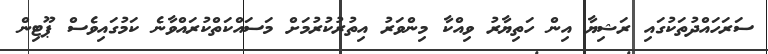
ސަރަހައްދުތަކުގައި ރަޝިޔާ އިން ހަތިޔާރު ވިއްކާ މިންވަރު އިތުރުކުރުމަށް މަސައްކަތްކުރައްވާނެ ކަމުގައިވެސް ޕޫޓިން